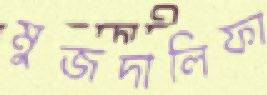
মুজদালিফা